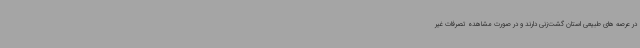
در عرصه های طبیعی استان گشت‌زنی دارند و در صورت مشاهده تصرفات غیر